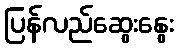
ပြန်လည်ဆွေးနွေး